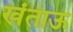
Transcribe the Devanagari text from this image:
खंताऊ